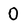
Character: 0